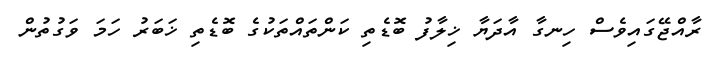
ރާއްޖޭގައިވެސް ހިނގާ އާދަޔާ ޚިލާފު ބޮޑެތި ކަންތައްތަކުގެ ބޮޑެތި ޚަބަރު ހަމަ ވަގުތުން